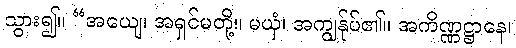
သွား၍။ “အယျေ၊ အရှင်မတို့။ မယှံ၊ အကျွန်ုပ်၏။ အကိဏ္ဏဋ္ဌာနေ၊